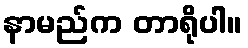
နာမည်က တာရိုပါ။